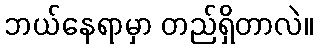
ဘယ်နေရာမှာ တည်ရှိတာလဲ။